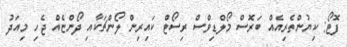
ފޮޓޯ: ކިޔުންތެރިއެއް ބަރޮސް މޯލްޑިވްސް ރިސޯޓް ކައިރިން ލޯންޗަކާއި ދޯންޏެއް ޖެހި މިއަދު